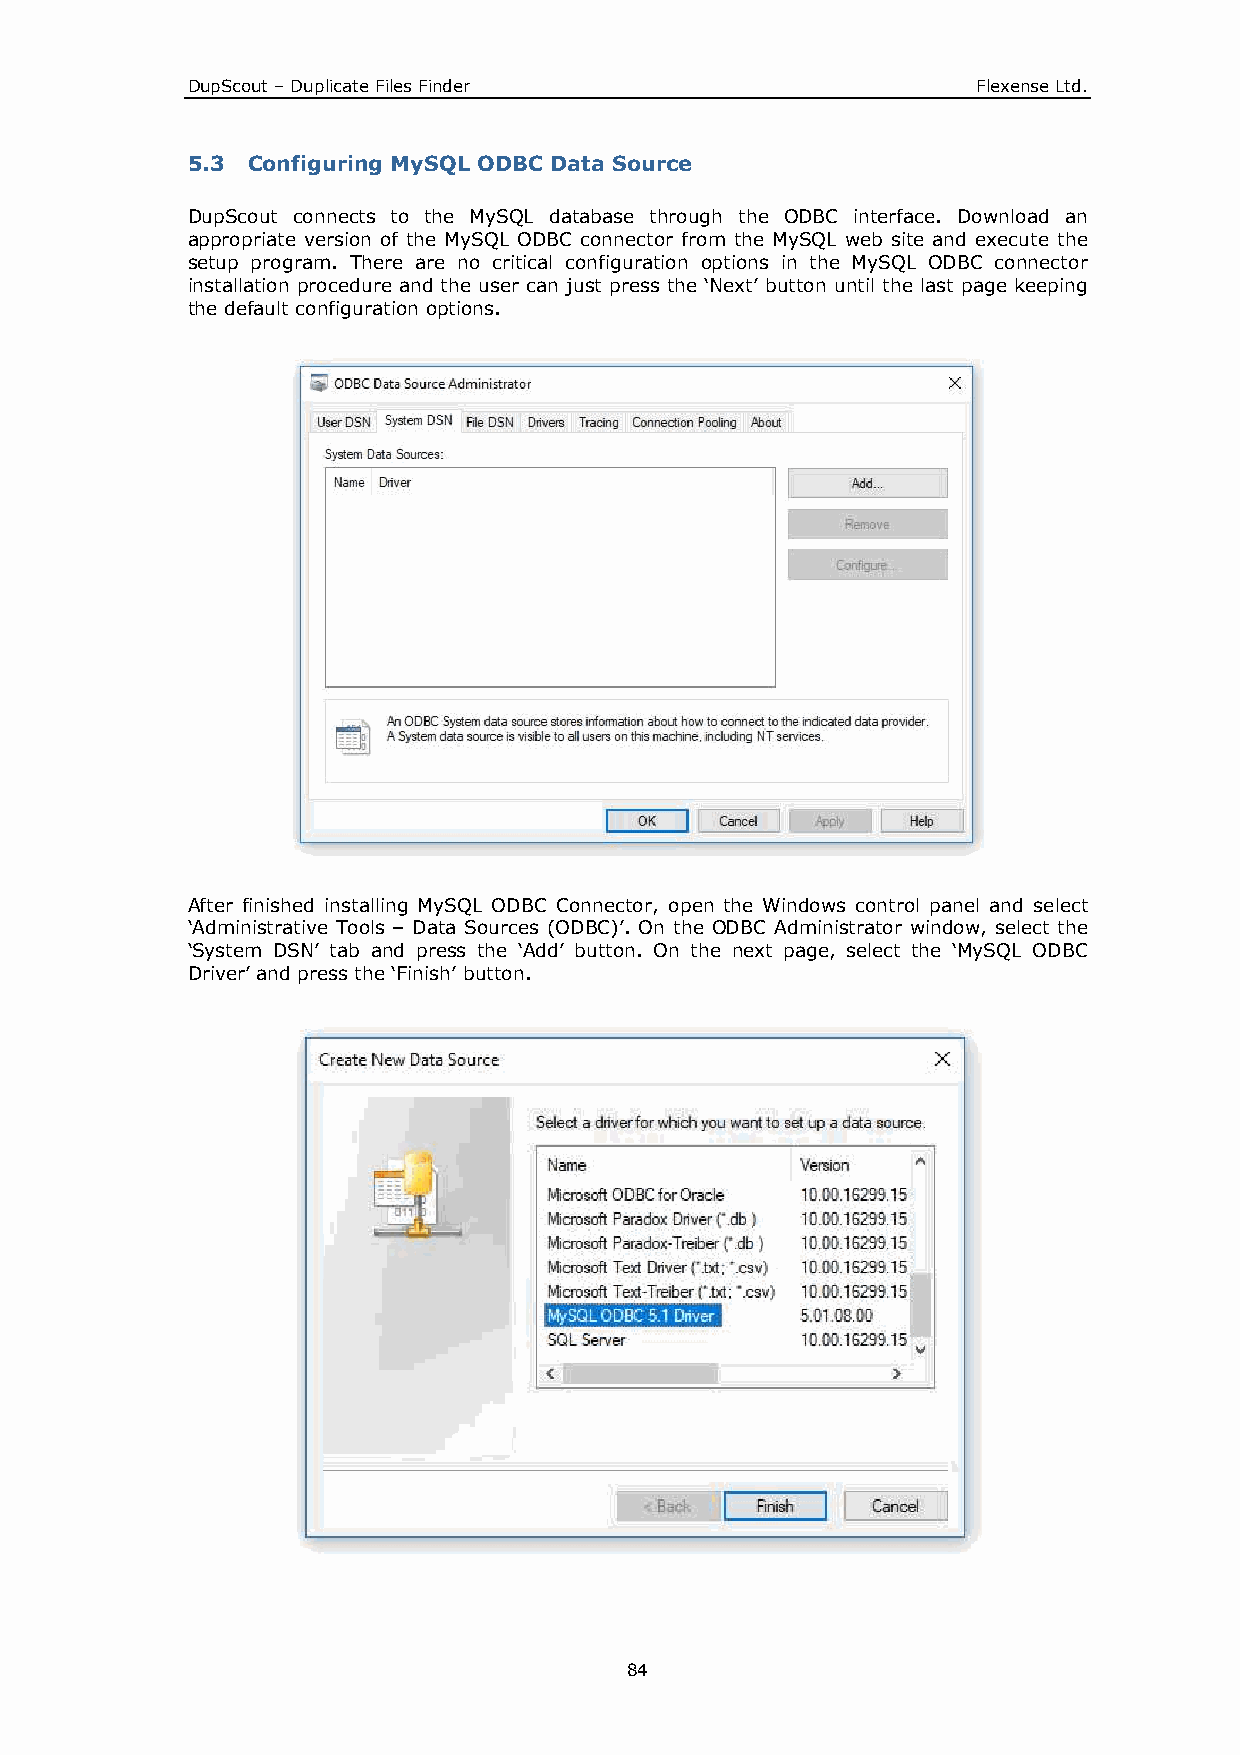
DupScout – Duplicate Files Finder                    Flexense Ltd.
 5.3 Configuring MySQL ODBC Data Source
 DupScout connects to the MySQL database through the ODBC interface. Download an
 appropriate version of the MySQL ODBC connector from the MySQL web site and execute the
 setup program. There are no critical configuration options in the MySQL ODBC connector
 installation procedure and the user can just press the ‘Next’ button until the last page keeping
 the default configuration options.
 After finished installing MySQL ODBC Connector, open the Windows control panel and select
 ‘Administrative Tools – Data Sources (ODBC)’. On the ODBC Administrator window, select the
 ‘System DSN’ tab and press the ‘Add’ button. On the next page, select the ‘MySQL ODBC
 Driver’ and press the ‘Finish’ button.
 84